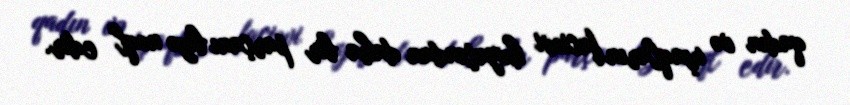
qadın və uşaqların faciəvi həyatından daha bir parçanı bizə nəql edir.